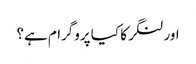
اور لنگر کا کیا پروگرام ہے؟